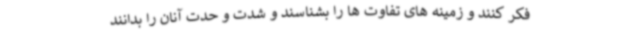
فکر کنند و زمینه های تفاوت ها را بشناسند و شدت و حدت آنان را بدانند